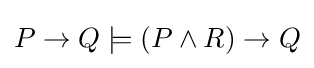
P\to Q\models (P\land R)\to Q